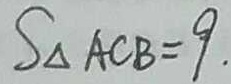
S _ { \Delta } A C B = 9 .